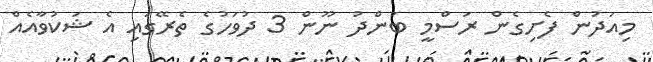
މިއަދުން ފެށިގެން ރަސްމީ ބަންދު ނޫން 3 ދުވަހުގެ ތެރޭގައި އެ ޝަކުވާއެއް